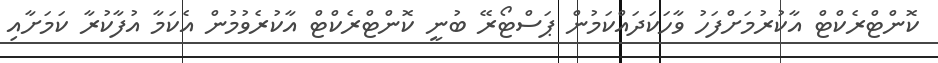
ކޮންޓްރެކްޓް އާކުރުމަށްފަހު ވާހަކަދައްކަމުން ޕަސްޓޯރޭ ބުނީ ކޮންޓްރެކްޓް އާކުރެވުމުން އެކަމާ އުފާކުރާ ކަމަށާއި